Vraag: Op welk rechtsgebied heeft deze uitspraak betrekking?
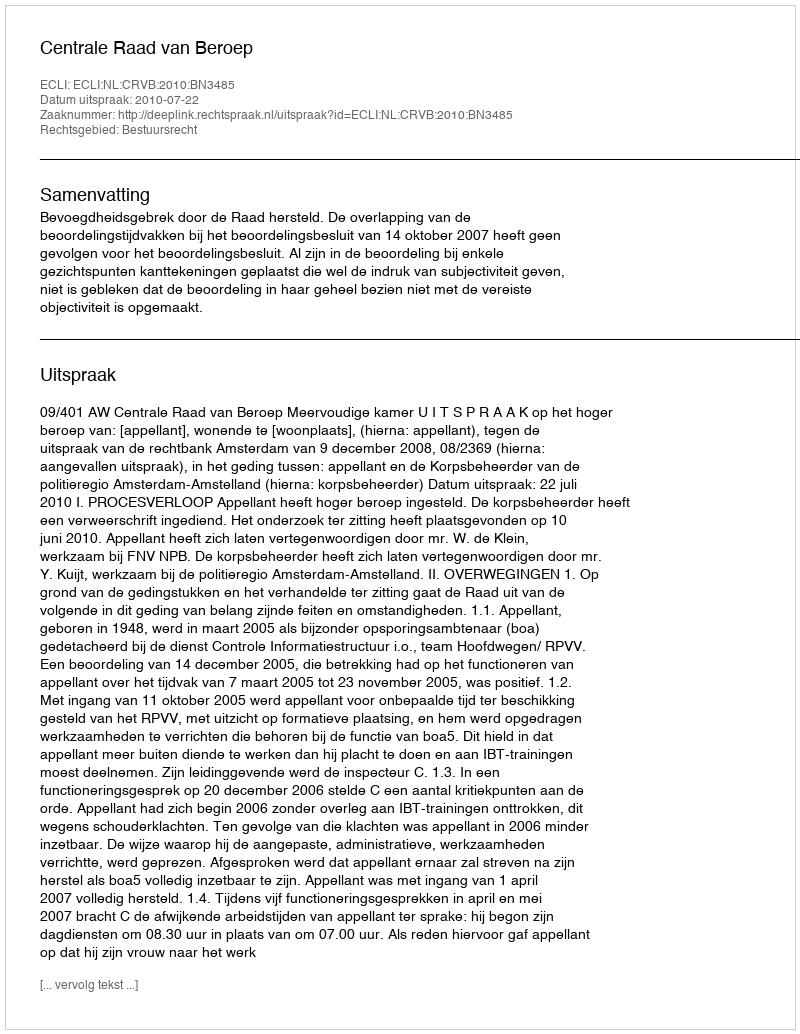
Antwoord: Bestuursrecht